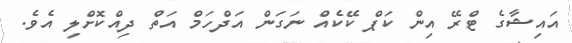
އައިޝާގެ ޓްރޭ އިން ކަޕް ކޭކެއް ނަގަން އަދްހަމް އަތް ދިއްކޮށްލި އެވެ.